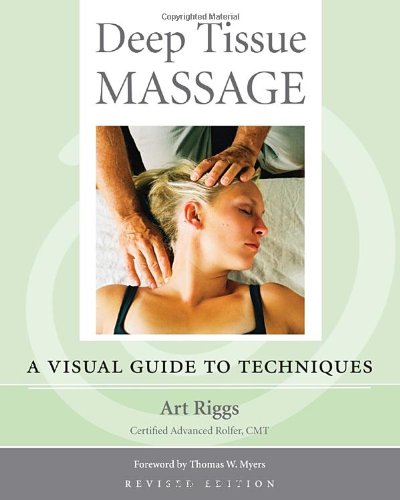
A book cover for Deep Tissue Massage, Revised Edition: A Visual Guide to Techniques; Art Riggs; Medical Books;